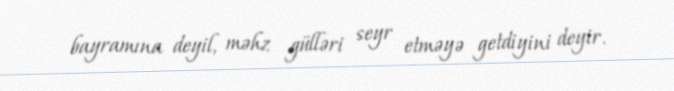
bayramına deyil, məhz gülləri seyr etməyə getdiyini deyir.